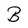
Character: B